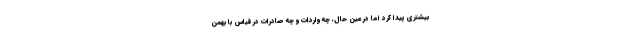
بیشتری پیدا کرد اما در عین حال، چه واردات و چه صادرات در قیاس با بهمن